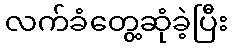
လက်ခံတွေ့ဆုံခဲ့ပြီး